Leningradi_Edasi_toimetus, lk 15
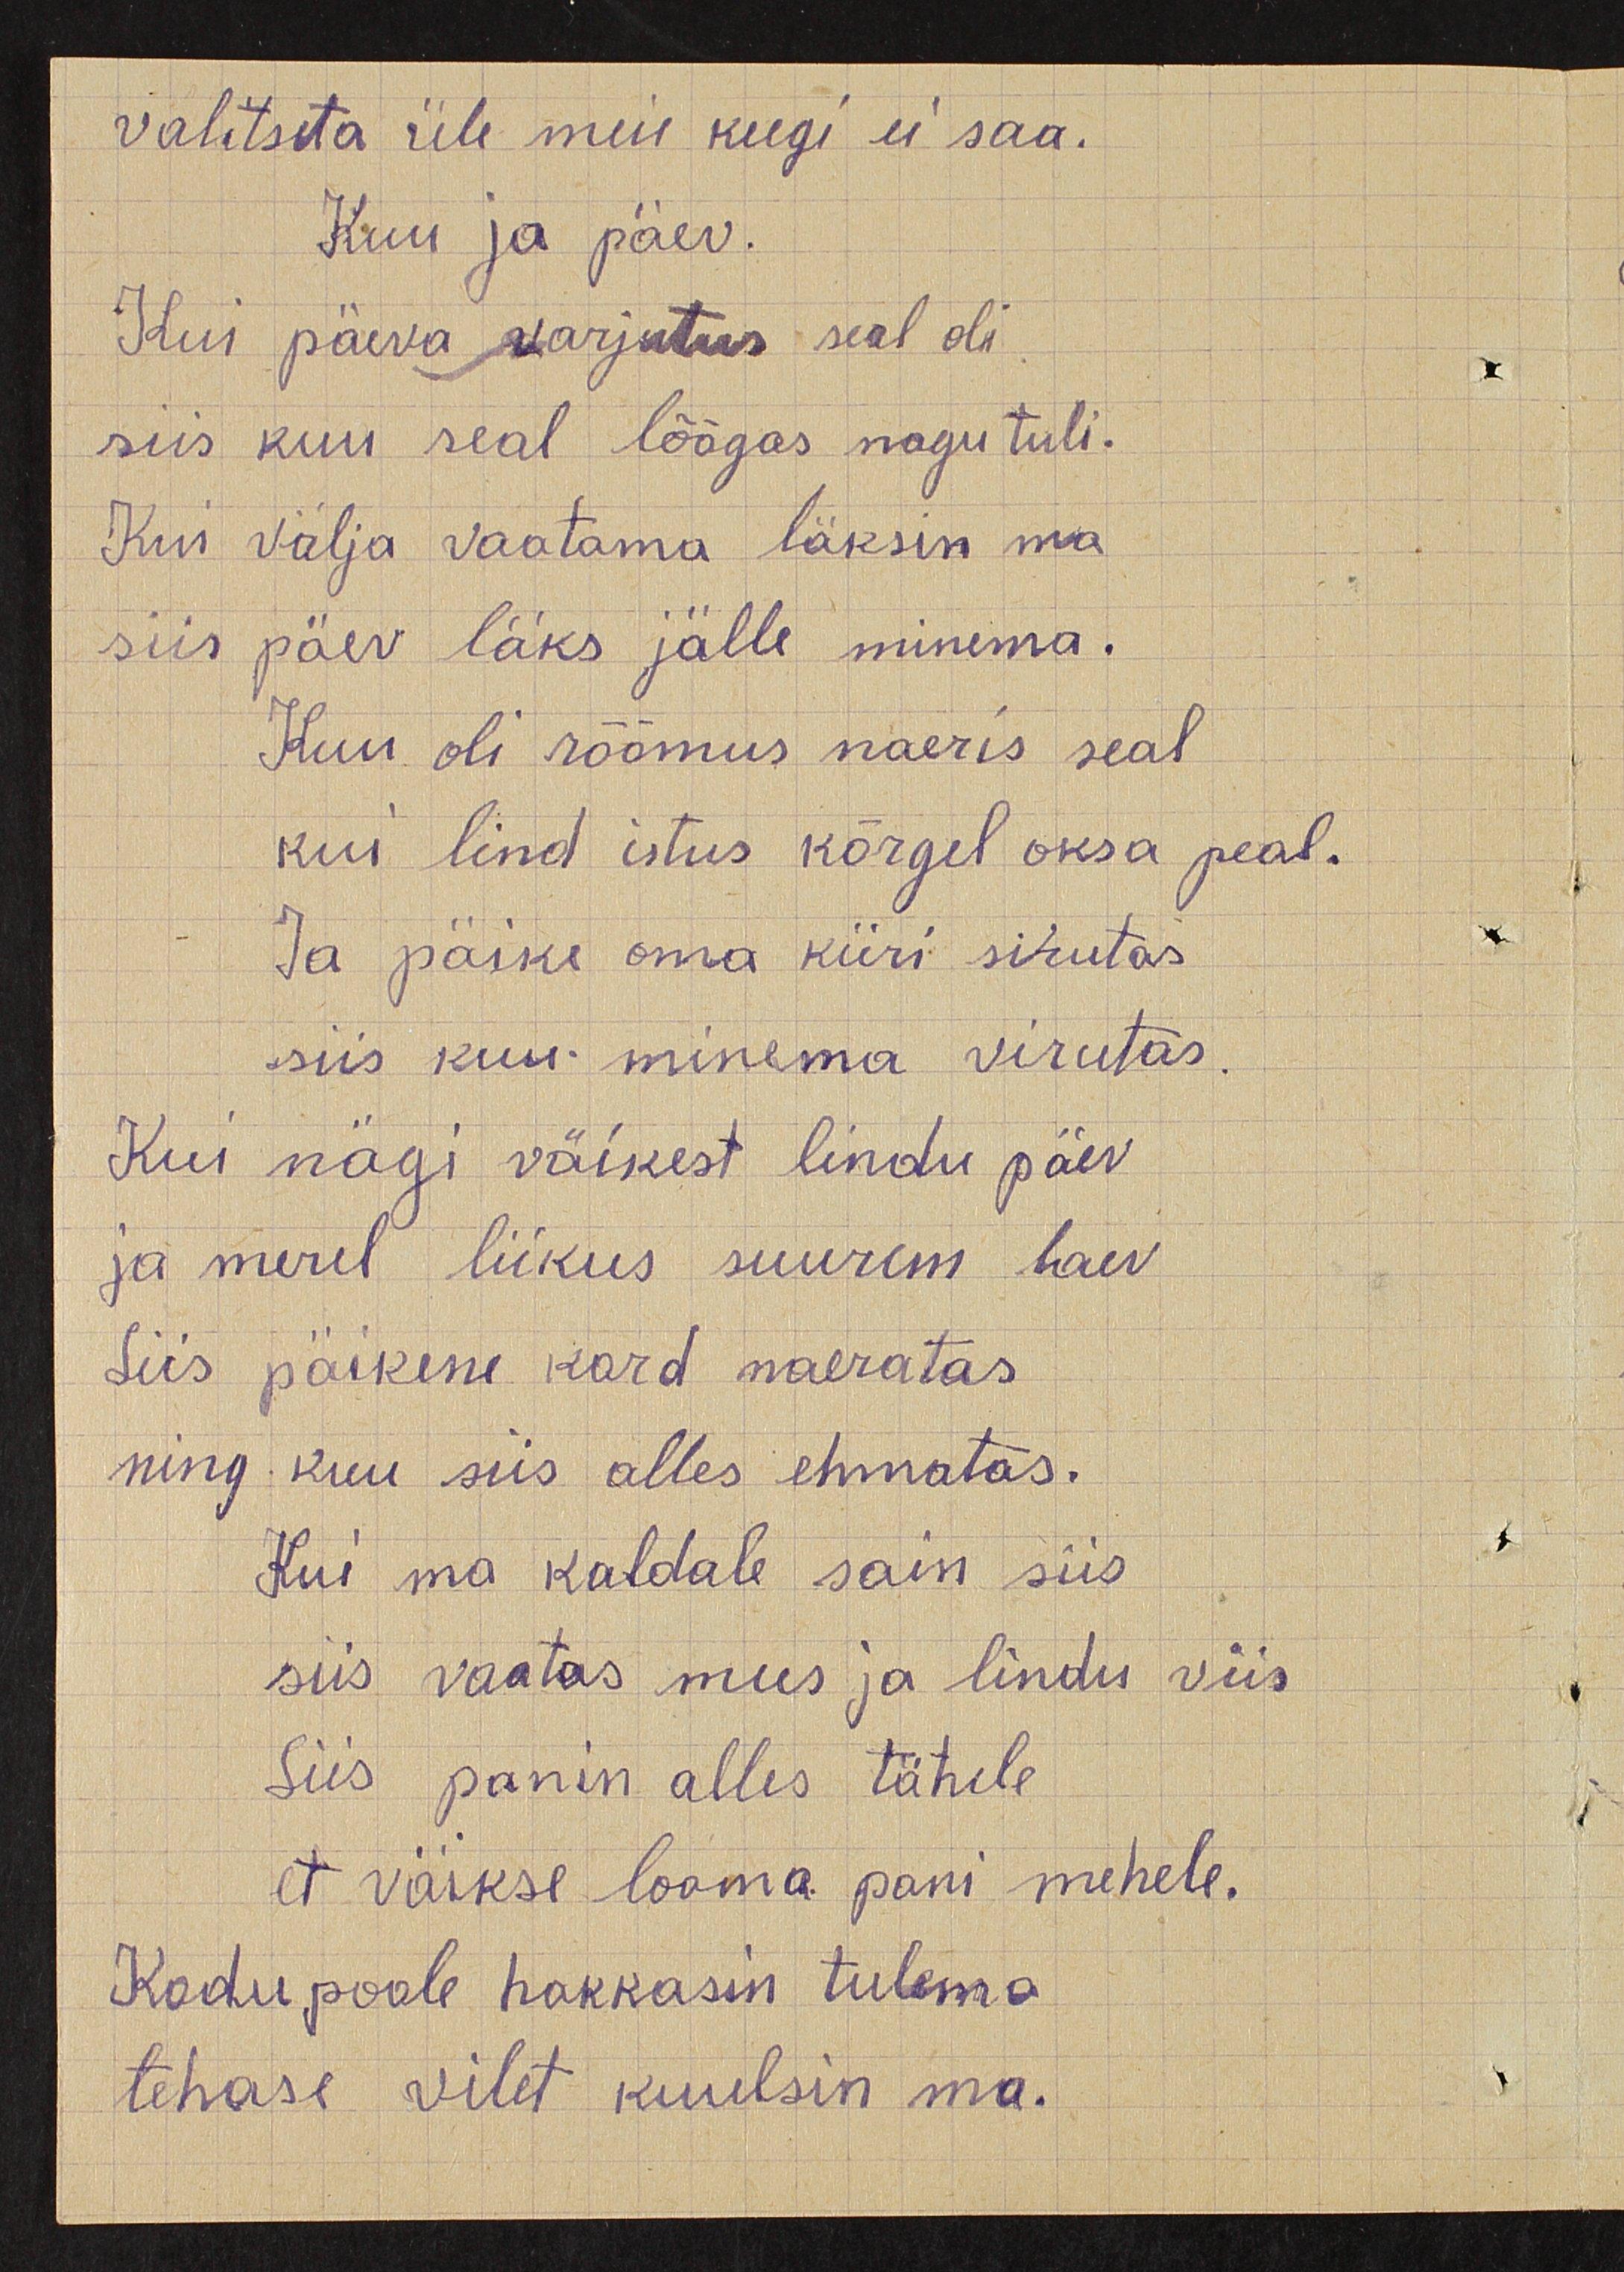
valitseda üle meie keegi ei saa.
Kuu ja päev
Kui päeva varjutus seal oli
siis kuu seal lõõgas nagu tuli.
Kui välja vaatama läksin ma
siis päev läks jälle minema.
Kuu oli rõõmus naeris seal
kui lind istus kõrgel oksa peal.
Ja  päike oma kiiri sirutas
siis kuu minema virutas.
Kui nägi väikest lindu päev.
ja merel liikus suurem laev
Siis päikene kord naeratas
ning kuu siis alles ehmatas.
Kui  ma kaldale sain siis
siis vaatas mees ja lindu viis
Siis panin  alles tähele
et väikse looma pani mehele.
Kodu poole hakkasin  tulema
tehase vilet kuulsin ma.